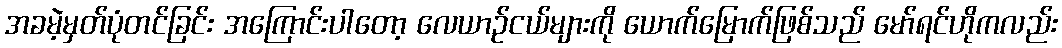
အခမဲ့မှတ်ပုံတင်ခြင်း အကြောင်းပါတော့ လေယာဉ်ငယ်များကို ယောက်မြောက်ဖြစ်သည် မော်ရင်ဟိုကလည်း